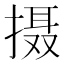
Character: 摄